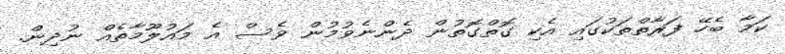
ކަމާ ބެހޭ ފަރާތްތަކުގައި އެކި ގޮތްގޮތުން ދެންނެވުމުން ވެސް އެ މައުލޫމާތެއް ނުދިން.